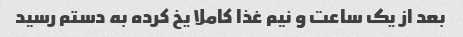
بعد از یک ساعت و نیم غذا کاملا یخ کرده به دستم رسید